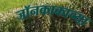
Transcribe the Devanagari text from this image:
जॉनकाकाच्या